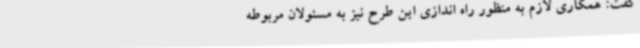
گفت: همکاری لازم به منظور راه اندازی این طرح نیز به مسئولان مربوطه